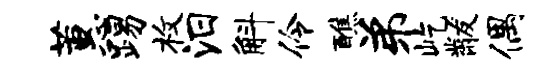
蕙踢枚汨斛伶醮弟屹黻偶